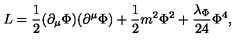
L = { \frac { 1 } { 2 } } ( \partial _ { \mu } \Phi ) ( \partial ^ { \mu } \Phi ) + { \frac { 1 } { 2 } } m ^ { 2 } \Phi ^ { 2 } + { \frac { \lambda _ { \Phi } } { 2 4 } } \Phi ^ { 4 } ,